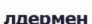
лдермен